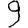
Digit: 9